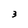
Character: 3